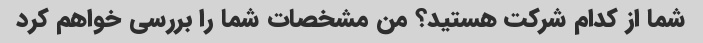
شما از کدام شرکت هستید؟ من مشخصات شما را بررسی خواهم کرد